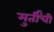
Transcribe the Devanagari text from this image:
मुर्तींची